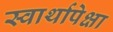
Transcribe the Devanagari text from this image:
स्वार्थापेक्षा